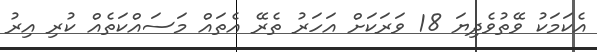
އެކަމަކު ވޭތުވެދިޔަ 18 ވަރަކަށް އަހަރު ތެރޭ އެތައް މަސައްކަތެއް ކުރި އިރު